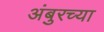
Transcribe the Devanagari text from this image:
अंबुरच्या